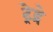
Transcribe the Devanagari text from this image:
ट्रेद्रे